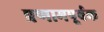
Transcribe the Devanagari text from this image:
प्रणामपूर्वक